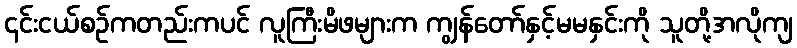
၄င်းငယ်စဉ်ကတည်းကပင် လူကြီးမိဖများက ကျွန်တော်နှင့်မမနှင်းကို သူတို့အလိုကျ